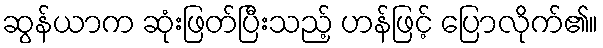
ဆွန်ယာက ဆုံးဖြတ်ပြီးသည့် ဟန်ဖြင့် ပြောလိုက်၏။